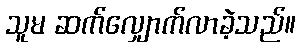
သူမ ဆက်လျှောက်လာခဲ့သည်။